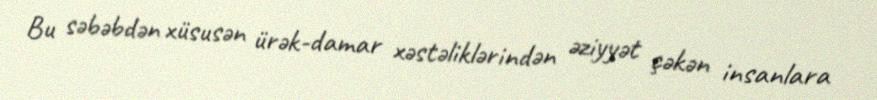
Bu səbəbdən xüsusən ürək-damar xəstəliklərindən əziyyət çəkən insanlara